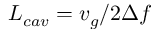
L _ { c a v } = v _ { g } / 2 { \Delta } f